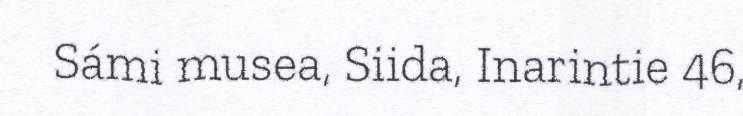
Sámi musea, Siida, Inarintie 46,